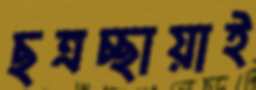
ছত্রচ্ছায়াই